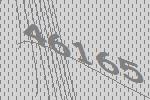
46165